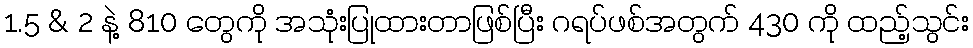
1.5 & 2 နဲ့ 810 တွေကို အသုံးပြုထားတာဖြစ်ပြီး ဂရပ်ဖစ်အတွက် 430 ကို ထည့်သွင်း